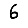
Digit: 6